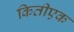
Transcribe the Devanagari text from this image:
कितीएक